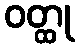
ဝတ္ထု